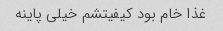
غذا خام بود کیفیتشم خیلی پاینه